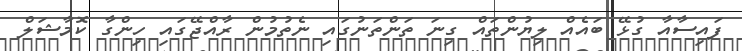
ފައިސާއާ ގުޅޭ ބައެއް ލިޔުންތައް ގިނަ ތަންތަނުގައި ނެތުމުން ރާއްޖޭގައި ހިންގާ ކޮމާޝަލް